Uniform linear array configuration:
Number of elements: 12
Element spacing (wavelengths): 0.75
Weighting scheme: binomial
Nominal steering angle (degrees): -15
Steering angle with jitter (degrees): -16.428
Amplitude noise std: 0.05
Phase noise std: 0.05

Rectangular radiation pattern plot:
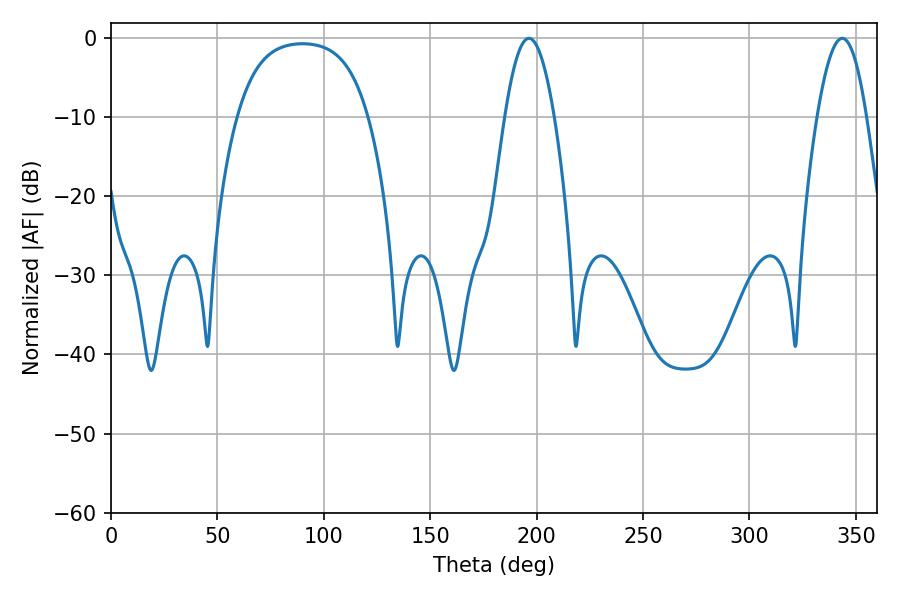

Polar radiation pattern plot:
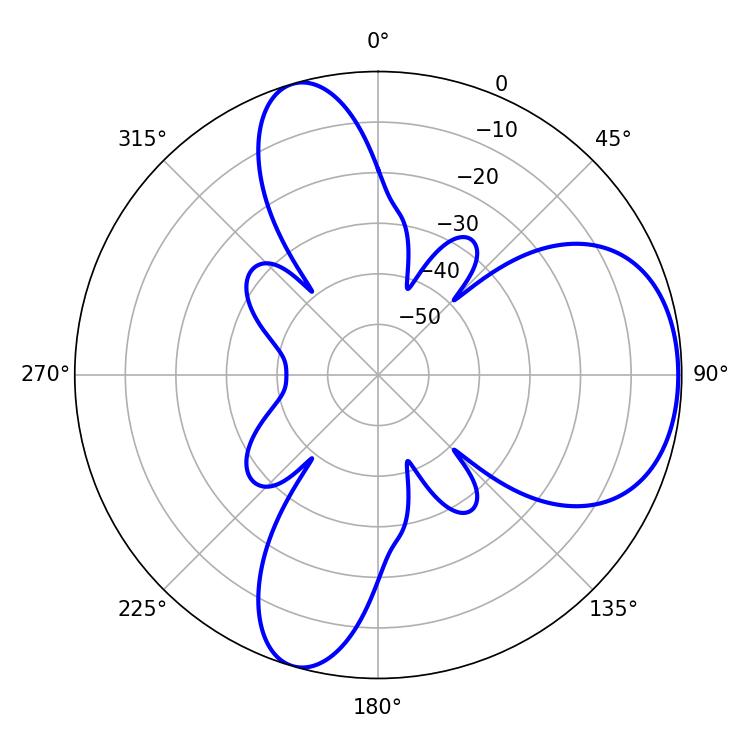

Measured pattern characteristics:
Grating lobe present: TRUE
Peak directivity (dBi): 6.307
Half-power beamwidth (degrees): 12.78
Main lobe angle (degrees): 196.38